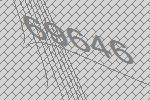
69646